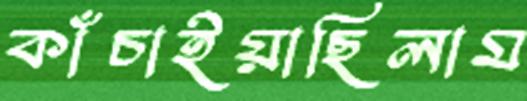
কাঁচাইয়াছিলাম